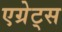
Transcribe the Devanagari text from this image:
एग्रेट्स